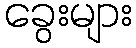
ခွေးများ